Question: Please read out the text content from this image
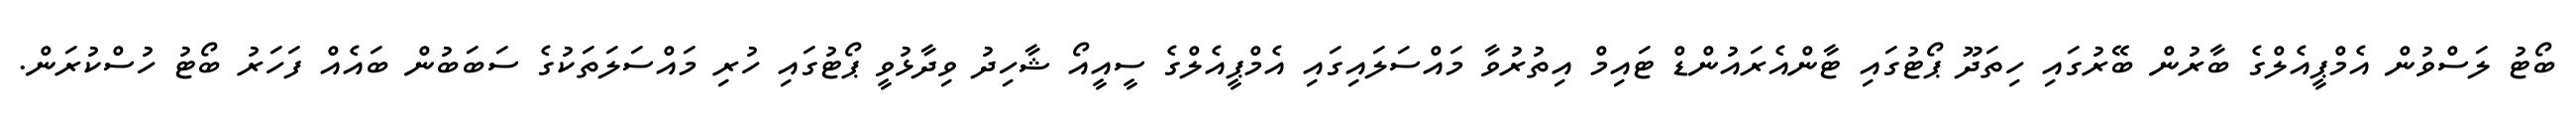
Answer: ބޯޓު ލަސްވުން އެމްޕީއެލްގެ ބާރުން ބޭރުގައި ހިތަދޫ ޕޯޓުގައި ޓާންއެރައުންޑް ޓައިމް އިތުރުވާ މައްސަލައިގައި އެމްޕީއެލްގެ ސީއީއޯ ޝާހިދު ވިދާޅުވީ ޕޯޓުގައި ހުރި މައްސަލަތަކުގެ ސަބަބުން ބައެއް ފަހަރު ބޯޓު ހުސްކުރަން.